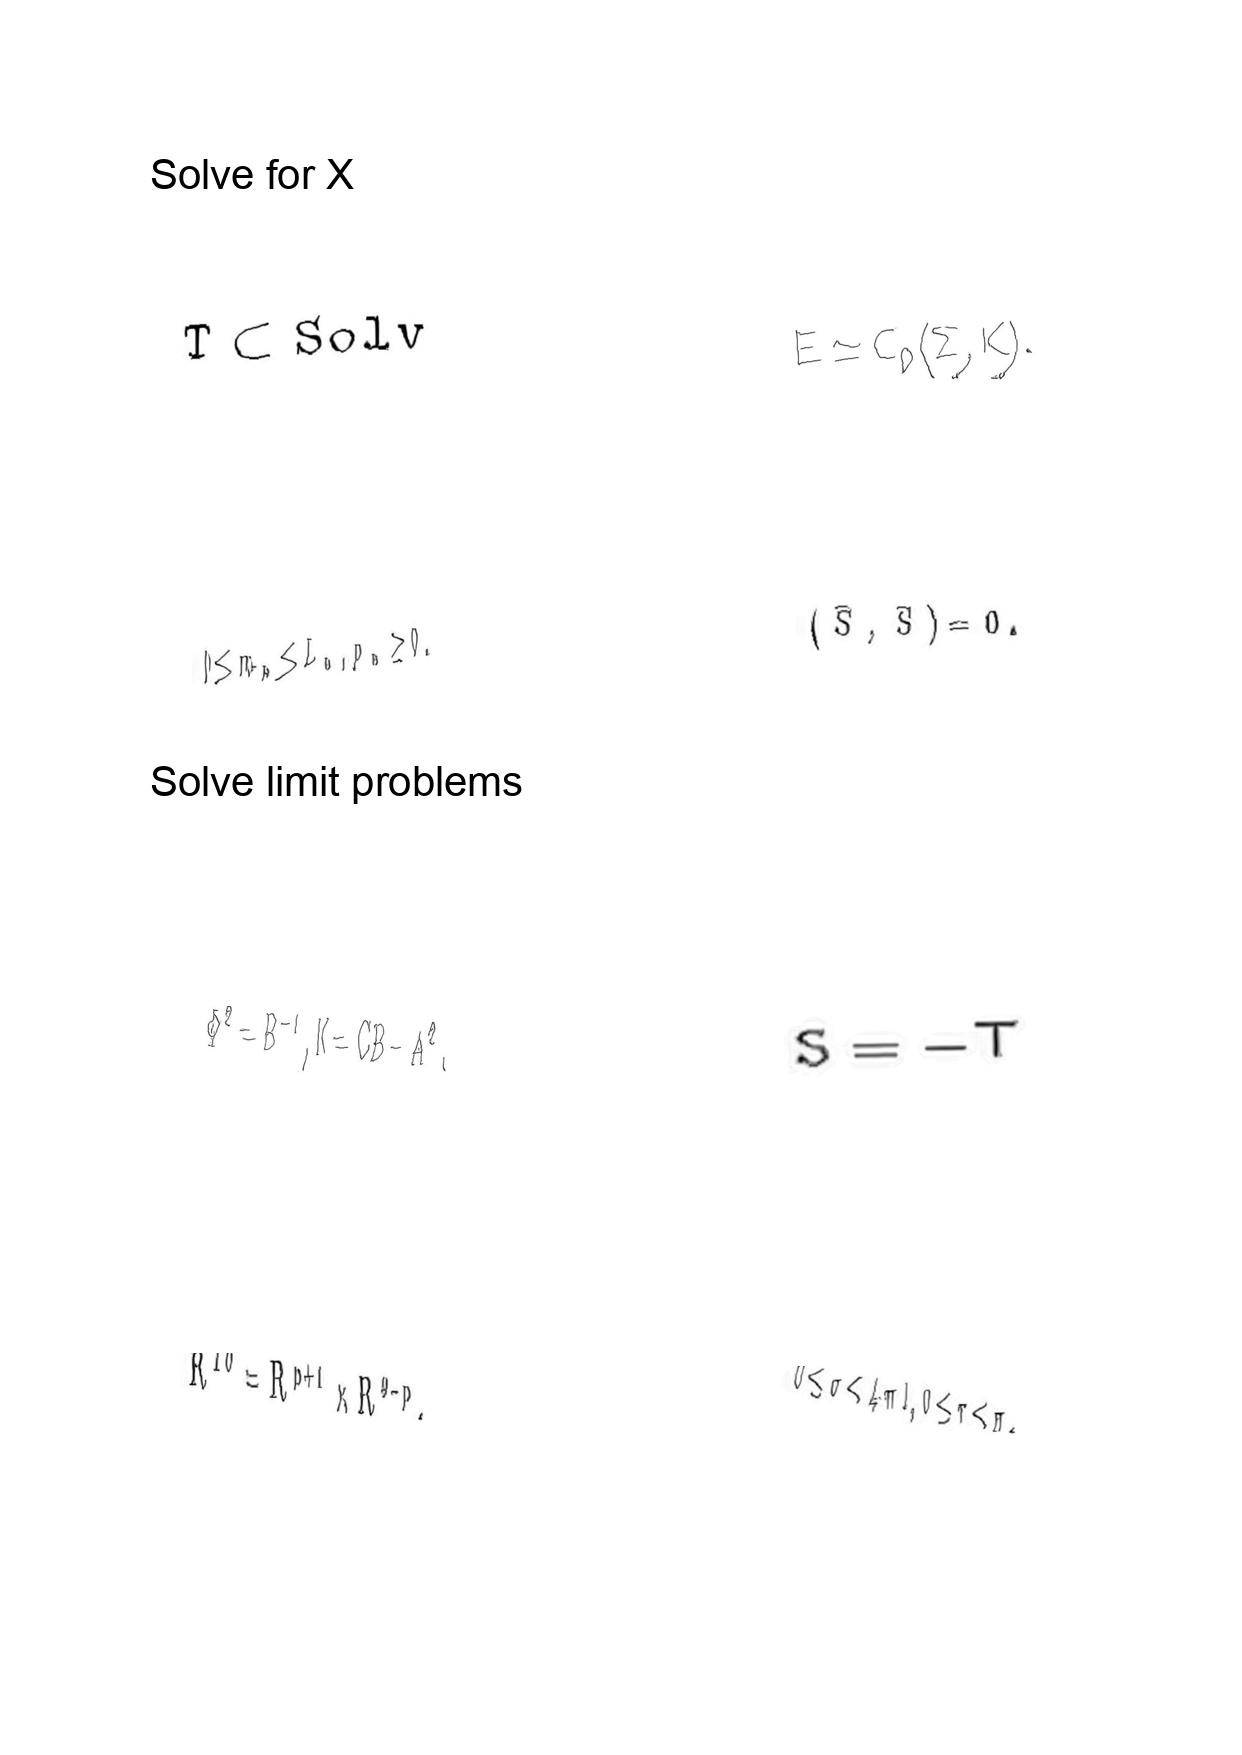
LaTeX transcription:
T \subset S o l v
0 \le m _ { n } \le L _ { n } , p _ { n } \ge 0 .
\Phi ^ { 2 } = B ^ { - 1 } , K = C B - A ^ { 2 } .
R ^ { 1 0 } = R ^ { p + 1 } \times R ^ { 9 - p } ,
E \simeq C _ { 0 } \lparen \Sigma , K \rparen .
\lparen \bar { S } , \bar { S } \rparen = 0 .
S = - T
0 \leq \sigma \lt 4 \pi l , 0 \leq \tau \lt \pi .